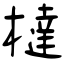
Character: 橽